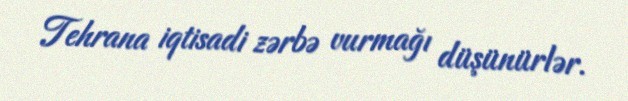
Tehrana iqtisadi zərbə vurmağı düşünürlər.